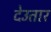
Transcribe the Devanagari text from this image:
देउतार